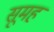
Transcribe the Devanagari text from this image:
सूमह